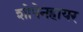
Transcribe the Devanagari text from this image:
शोपेनहायर